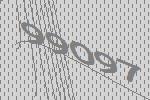
99097